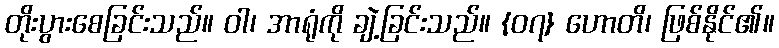
တိုးပွားစေခြင်းသည်။ ဝါ၊ အာရုံကို ချဲ့ခြင်းသည်။ {၀၇} ဟောတိ၊ ဖြစ်နိုင်၏။